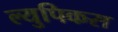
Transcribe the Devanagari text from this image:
ल्युपिकस